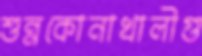
শুন্নকোনাখালীগু